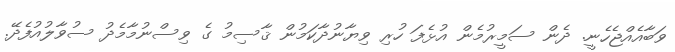
ވަބާއެއްޖެހެނީ. ދެން ސަމީރުމެން އުޅެފަ ހުރި ވިޔާނުދާކަމުން ޤާސިމު ގެ ވިސްނުމާމެދު ސުވާލުއުފެދޭ.